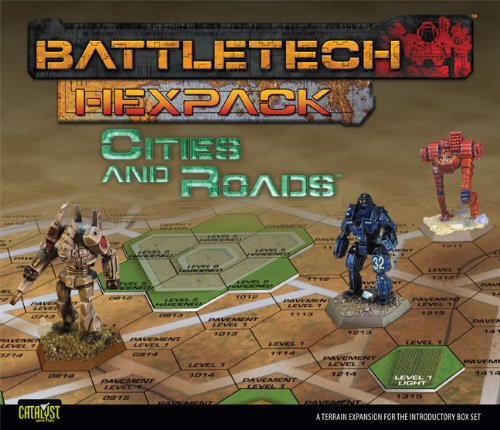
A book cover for Battletech HexPack Cities & Roads; Catalyst Game Labs; Science Fiction & Fantasy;